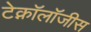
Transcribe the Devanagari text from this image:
टेक्नॉलॉजीस